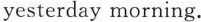
yesterday morning.